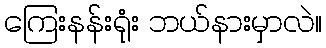
ကြေးနန်းရုံး ဘယ်နားမှာလဲ။